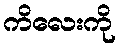
ကိလေးကို